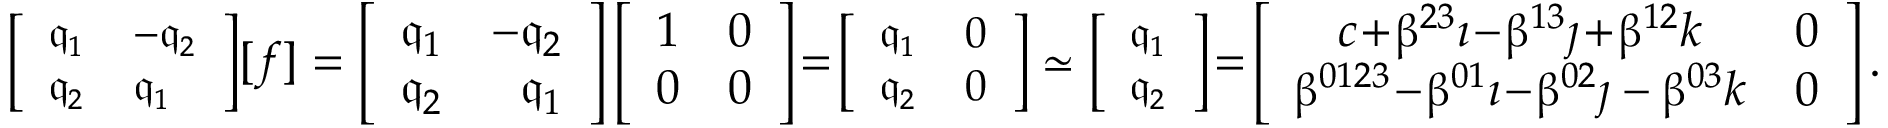
{ \small \left[ \begin{array} { l l } { \mathfrak { q } _ { 1 } } & { - \mathfrak { q } _ { 2 } } \\ { \mathfrak { q } _ { 2 } } & { \mathfrak { q } _ { 1 } } \end{array} \right] } [ f ] = \left[ \begin{array} { l l } { \mathfrak { q } _ { 1 } } & { - \mathfrak { q } _ { 2 } } \\ { \mathfrak { q } _ { 2 } } & { \phantom { - } \mathfrak { q } _ { 1 } } \end{array} \right] \left[ \begin{array} { l l } { 1 } & { 0 } \\ { 0 } & { 0 } \end{array} \right] \! = \! { \small \left[ \begin{array} { l l } { \mathfrak { q } _ { 1 } } & { 0 } \\ { \mathfrak { q } _ { 2 } } & { 0 } \end{array} \right] } \simeq { \small \left[ \begin{array} { l } { \mathfrak { q } _ { 1 } } \\ { \mathfrak { q } _ { 2 } } \end{array} \right] } \! = \! \left[ \begin{array} { c c } { c \! + \! \upbeta ^ { 2 3 } \imath \! - \! \upbeta ^ { 1 3 } \jmath \! + \! \upbeta ^ { 1 2 } k } & { 0 } \\ { \upbeta ^ { 0 1 2 3 } \! - \! \upbeta ^ { 0 1 } \imath \! - \! \upbeta ^ { 0 2 } \jmath - \upbeta ^ { 0 3 } k } & { 0 } \end{array} \right] .